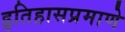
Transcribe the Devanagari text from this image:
इतिहासप्रमाणे